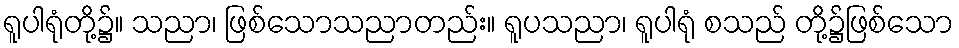
ရူပါရုံတို့၌။ သညာ၊ ဖြစ်သောသညာတည်း။ ရူပသညာ၊ ရူပါရုံ စသည် တို့၌ဖြစ်သော